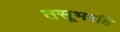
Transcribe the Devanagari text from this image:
तसूभरहि